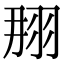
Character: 𦐃